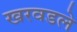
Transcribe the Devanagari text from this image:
खरवडले